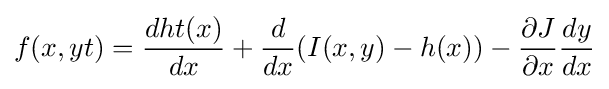
f(x,yt)={dht(x) \over dx}+{d \over dx}(I(x,y)-h(x))-{\partial J \over \partial x}{dy \over dx}